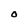
Character: O